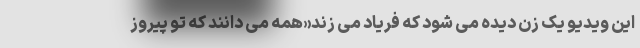
این ویدیو یک زن دیده می شود که فریاد می زند«همه می دانند که تو پیروز